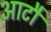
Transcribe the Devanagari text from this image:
आटौ